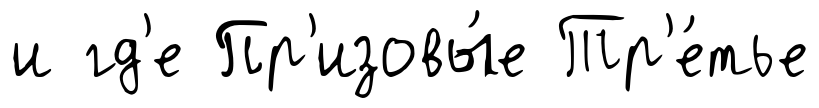
и гд'е Пр'изовы́е Тр'е́тье